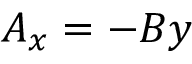
A _ { x } = - B y